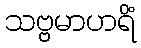
သဗ္ဗမာဟရိံ